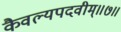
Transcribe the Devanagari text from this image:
कैवल्यपदवीम्॥७॥